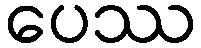
ပေဿ